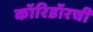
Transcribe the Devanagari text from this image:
कॉरिडॉरची